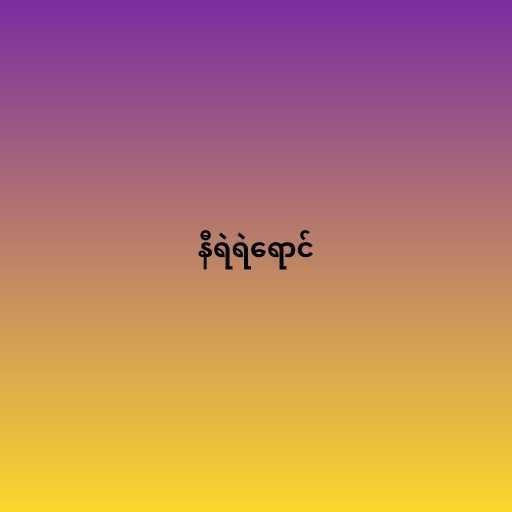
နီရဲရဲရောင်